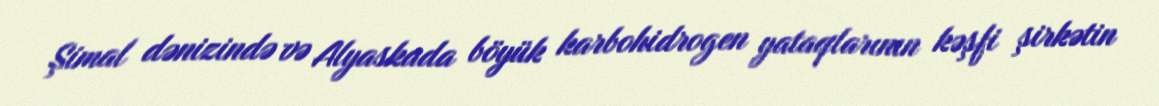
Şimal dənizində və Alyaskada böyük karbohidrogen yataqlarının kəşfi şirkətin